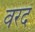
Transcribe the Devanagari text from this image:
वरदं